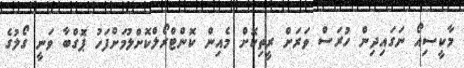
މާކީސިއޯ ނަގައިދިން ހުރަސް ވަރަށް ރީތިކޮށް މެއިން ކޮންޓްރޯލްކޮށްލުމަށްފަހު ޕޮގްބާ ވަނީ ގޯލުގެ